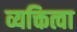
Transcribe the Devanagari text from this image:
व्यक्तित्वा